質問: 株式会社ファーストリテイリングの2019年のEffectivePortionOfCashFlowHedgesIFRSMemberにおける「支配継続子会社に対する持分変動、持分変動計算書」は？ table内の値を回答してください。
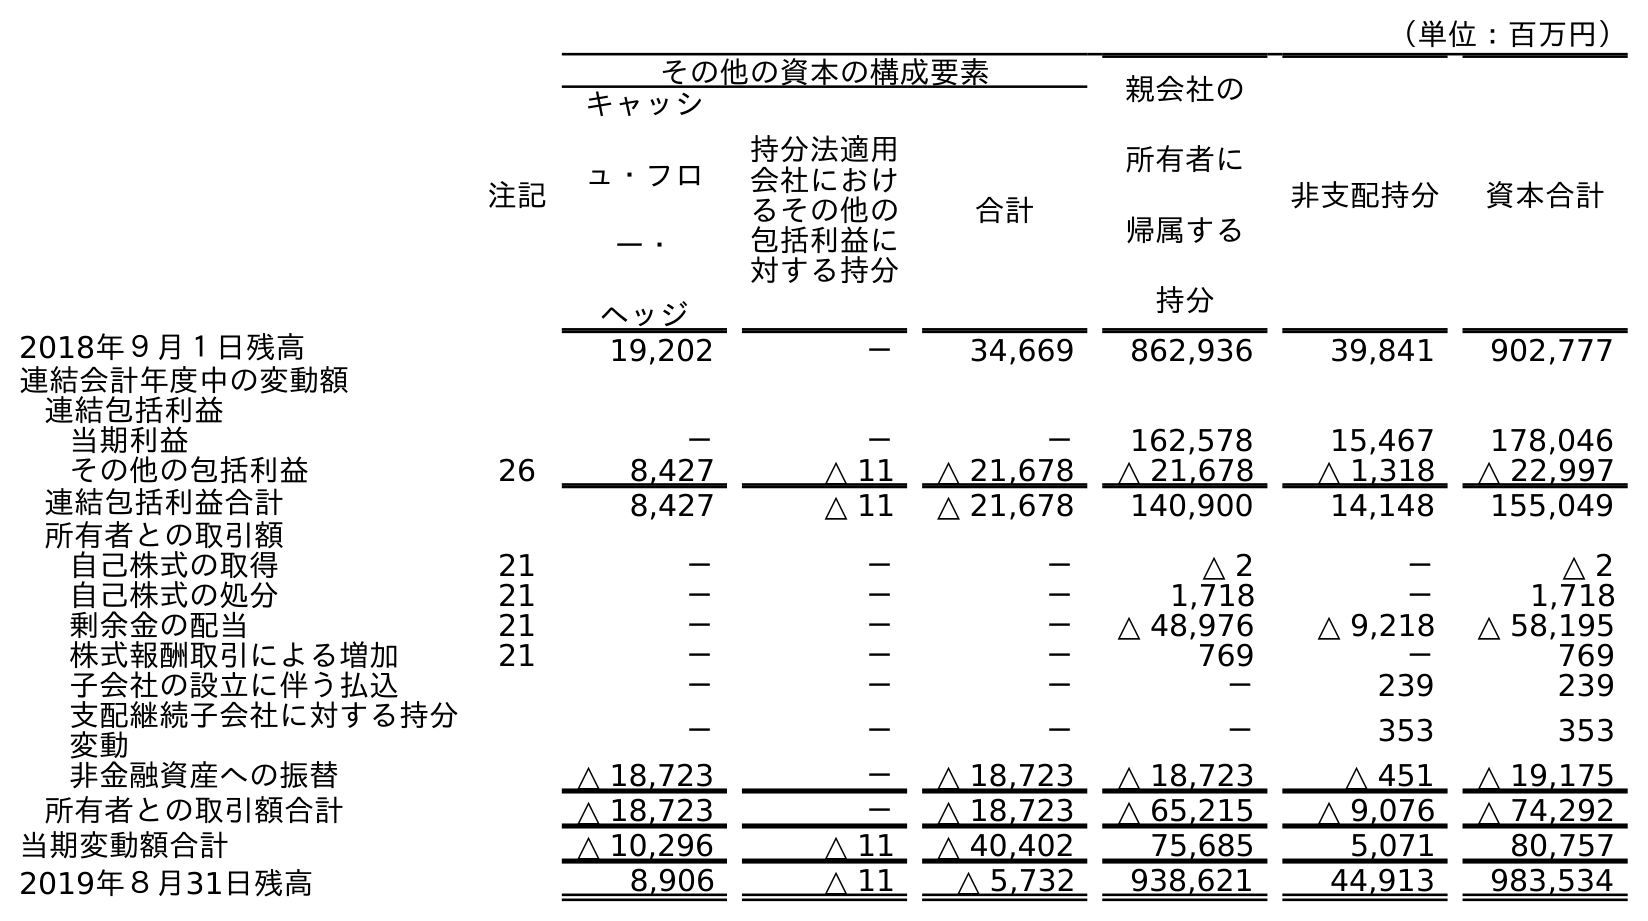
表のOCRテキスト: （単位：百万円） 注記 その他の資本の構成要素 親会社の 所有者に 帰属する 持分 非支配持分 資本合計 キャッシ ュ・フロ ー・ ヘッジ 持分法適用 会社におけ るその他の 包括利益に 対する持分 合計 2018年９月１日残高 19,202 － 34,669 862,936 39,841 902,777 連結会計年度中の変動額 連結包括利益 当期利益 － － － 162,578 15,467 178,046 その他の包括利益 26 8,427 △ 11 △ 21,678 △ 21,678 △ 1,318 △ 22,997 連結包括利益合計 8,427 △ 11 △ 21,678 140,900 14,148 155,049 所有者との取引額 自己株式の取得 21 － － － △ 2 － △ 2 自己株式の処分 21 － － － 1,718 － 1,718 剰余金の配当 21 － － － △ 48,976 △ 9,218 △ 58,195 株式報酬取引による増加 21 － － － 769 － 769 子会社の設立に伴う払込 － － － － 239 239 支配継続子会社に対する持分 変動 － － － － 353 353 非金融資産への振替 △ 18,723 － △ 18,723 △ 18,723 △ 451 △ 19,175 所有者との取引額合計 △ 18,723 － △ 18,723 △ 65,215 △ 9,076 △ 74,292 当期変動額合計 △ 10,296 △ 11 △ 40,402 75,685 5,071 80,757 2019年８月31日残高 8,906 △ 11 △ 5,732 938,621 44,913 983,534
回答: －